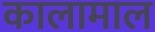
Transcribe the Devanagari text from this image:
कालामाल